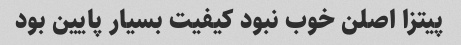
پیتزا اصلن خوب نبود کیفیت بسیار پایین بود